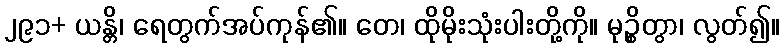
၂၉၁+ ယန္တိ၊ ရေတွက်အပ်ကုန်၏။ တေ၊ ထိုမိုးသုံးပါးတို့ကို။ မုဉ္စိတွာ၊ လွတ်၍။